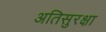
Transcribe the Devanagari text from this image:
अतिसुरक्षा